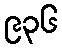
၉၃၆